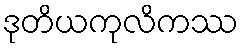
ဒုတိယကုလိကဿ